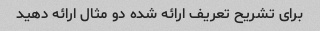
برای تشریح تعریف ارائه شده دو مثال ارائه دهید